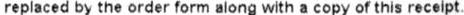
REPLACED BY THE ORDER FORM ALONG WITH A COPY OF THIS RECEIPT.